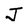
Character: J